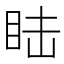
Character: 𥅅